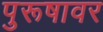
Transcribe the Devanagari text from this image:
पुरूषावर